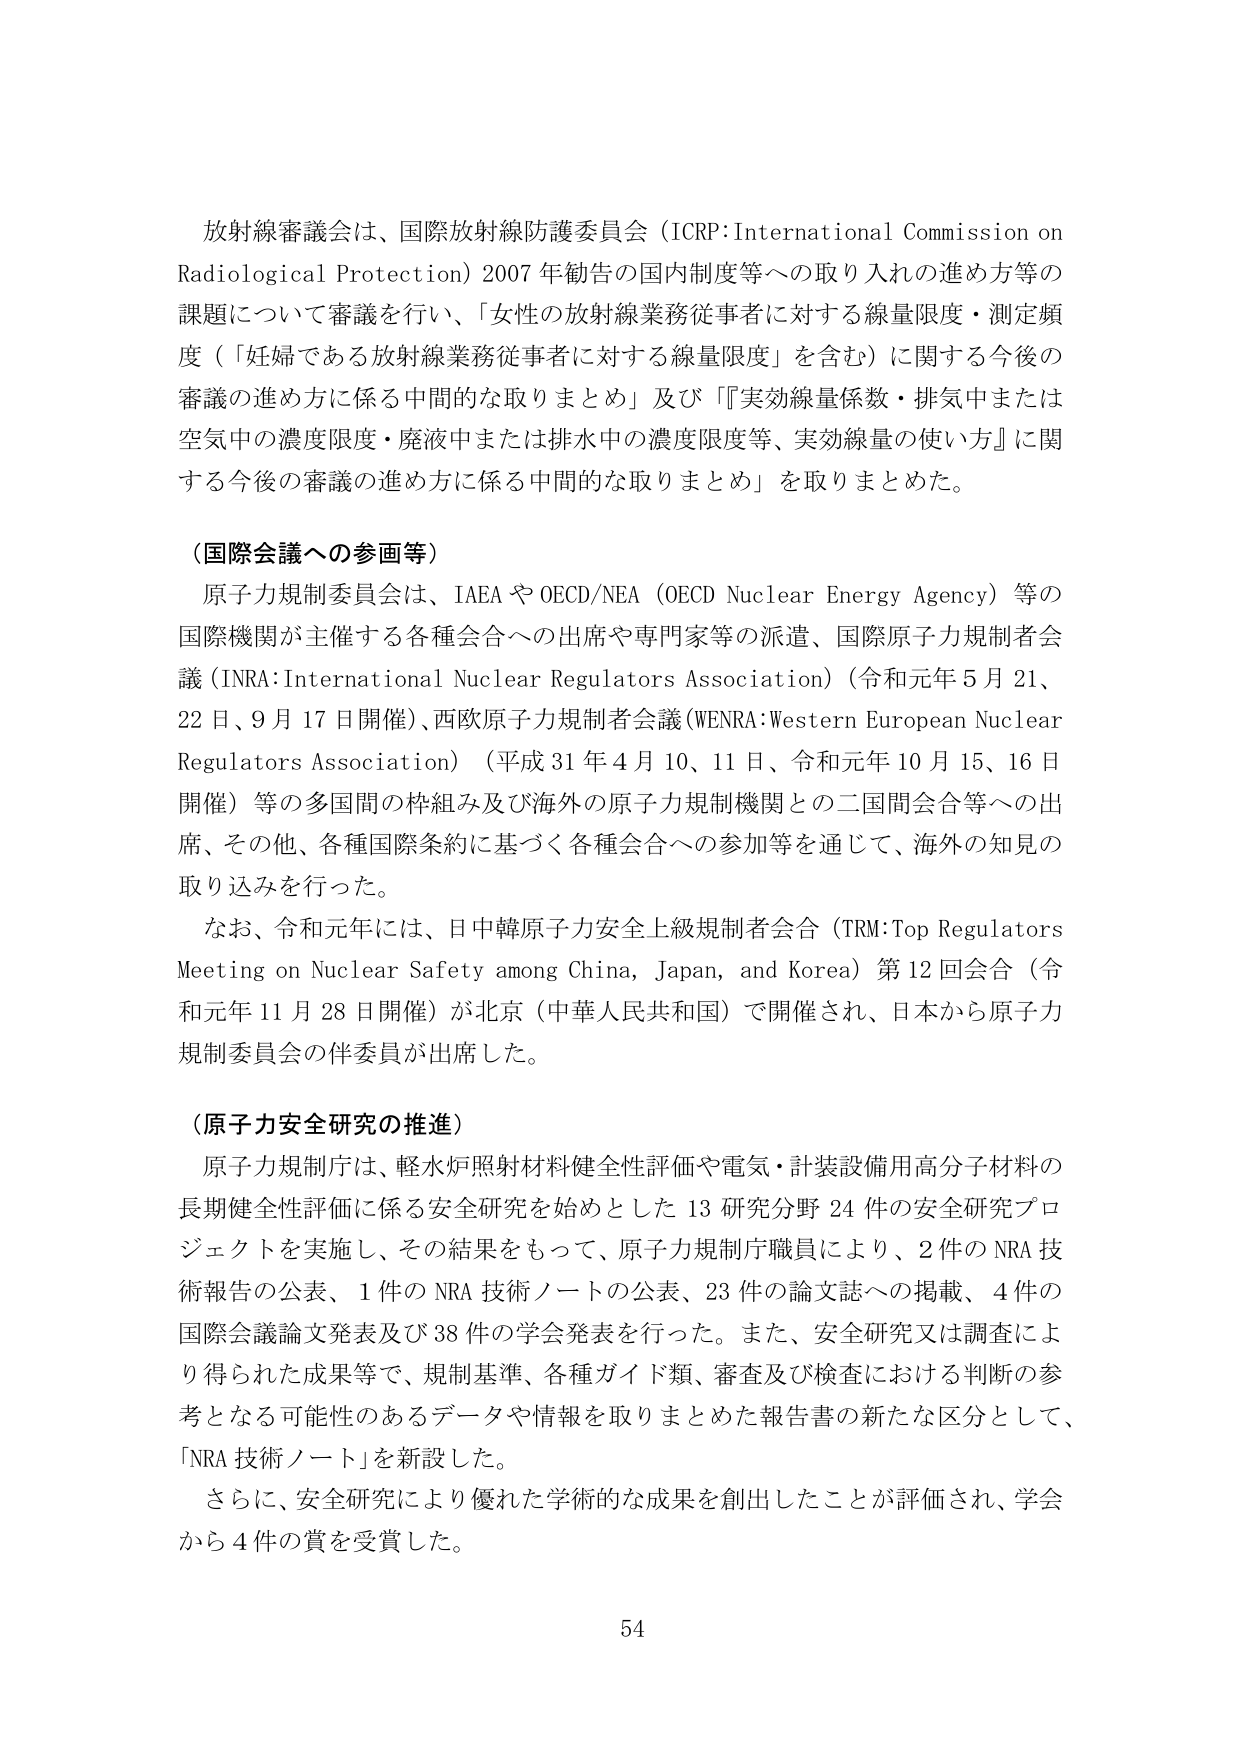
放射線審議会は、国際放射線防護委員会（ICRP:International Commission on Radiological Protection）2007年勧告の国内制度等への取り入れの進め方等の課題について審議を行い、「女性の放射線業務従事者に対する線量限度・測定頻度（「妊婦である放射線業務従事者に対する線量限度」を含む）に関する今後の審議の進め方に係る中間的な取りまとめ」及び「『実効線量係数・排気中または空気中の濃度限度・廃液中または排水中の濃度限度等、実効線量の使い方』に関する今後の審議の進め方に係る中間的な取りまとめ」を取りまとめた。

（国際会議への参画等）
原子力規制委員会は、IAEAやOECD/NEA（OECD Nuclear Energy Agency）等の国際機関が主催する各種会合への出席や専門家等の派遣、国際原子力規制者会議（INRA:International Nuclear Regulators Association）（令和元年5月21、22日、9月17日開催）、西欧原子力規制者会議（WENRA:Western European Nuclear Regulators Association）（平成31年4月10、11日、令和元年10月15、16日開催）等の多国間の枠組み及び海外の原子力規制機関との二国間会合等への出席、その他、各種国際条約に基づく各種会合への参加等を通じて、海外の知見の取り込みを行った。
なお、令和元年には、日中韓原子力安全上級規制者会合（TRM:Top Regulators Meeting on Nuclear Safety among China, Japan, and Korea）第12回会合（令和元年11月28日開催）が北京（中華人民共和国）で開催され、日本から原子力規制委員会の伴委員が出席した。

（原子力安全研究の推進）
原子力規制庁は、軽水炉照射材料健全性評価や電気・計装設備用高分子材料の長期健全性評価に係る安全研究を始めとした13研究分野24件の安全研究プロジェクトを実施し、その結果をもって、原子力規制庁職員により、2件のNRA技術報告の公表、1件のNRA技術ノートの公表、23件の論文誌への掲載、4件の国際会議論文発表及び38件の学会発表を行った。また、安全研究又は調査により得られた成果等で、規制基準、各種ガイド類、審査及び検査における判断の参考となる可能性のあるデータや情報を取りまとめた報告書の新たな区分として、「NRA技術ノート」を新設した。
さらに、安全研究により優れた学術的な成果を創出したことが評価され、学会から4件の賞を受賞した。

54